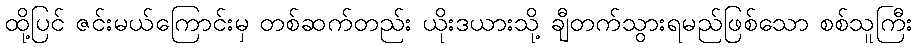
ထို့ပြင် ဇင်းမယ်ကြောင်းမှ တစ်ဆက်တည်း ယိုးဒယားသို့ ချီတက်သွားရမည်ဖြစ်သော စစ်သူကြီး